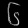
Digit: ၆